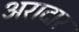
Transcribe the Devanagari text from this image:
अरादार